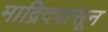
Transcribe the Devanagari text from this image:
माद्रिदपासून